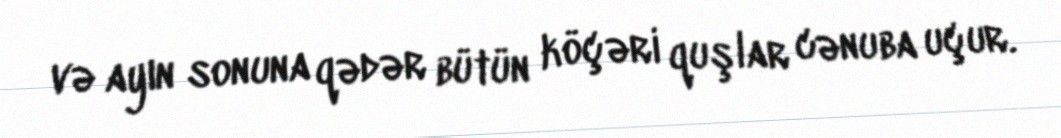
və ayın sonuna qədər bütün köçəri quşlar cənuba uçur.